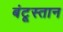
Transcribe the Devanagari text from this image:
बंटूस्तान